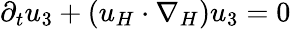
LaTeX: \partial_{t}u_{3}+(u_{H}\cdot\nabla_{H})u_{3}=0